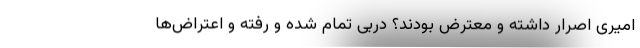
امیری اصرار داشته و معترض بودند؟ دربی تمام شده و رفته و اعتراض‌ها